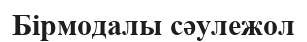
Бірмодалы сәулежол